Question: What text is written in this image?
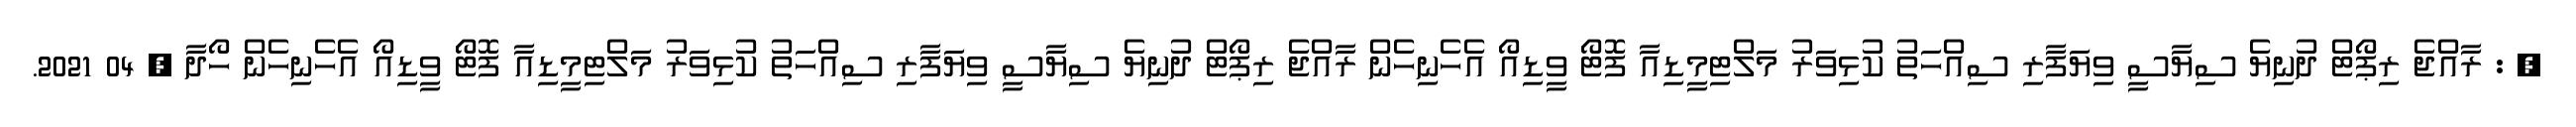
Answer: , : ރާއްޖެ ރިޕޯޓް ދުނިޔެ ސިޔާސީ ވިޔަފާރި ސިއްހަތު ކުޅިވަރު މަލްޓިމީޑިއާ ފޮޓޯ ވީޑިއޯ އެހެނިހެން ރާއްޖެ ރިޕޯޓް ދުނިޔެ ސިޔާސީ ވިޔަފާރި ސިއްހަތު ކުޅިވަރު މަލްޓިމީޑިއާ ފޮޓޯ ވީޑިއޯ އެހެނިހެން ހޯދާ , 04 2021.